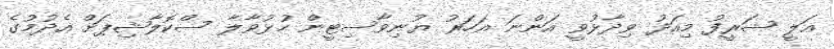
އަލީ ޝަރީފު މިއަދު ވިދާޅުވީ އަންނަ އަހަރު ޔުނިވާސިޓީން ހުޅުވާލާ ސްކޮލާޝިޕަށް އެދުމުގެ